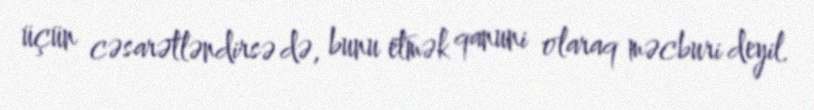
üçün cəsarətləndirsə də, bunu etmək qanuni olaraq məcburi deyil.